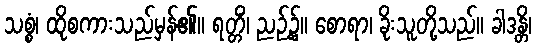
သစ္စံ၊ ထိုစကားသည်မှန်၏။ ရတ္တိံ၊ ညဉ့်၌။ စောရာ၊ ခိုးသူတို့သည်။ ခါဒန္တိ၊